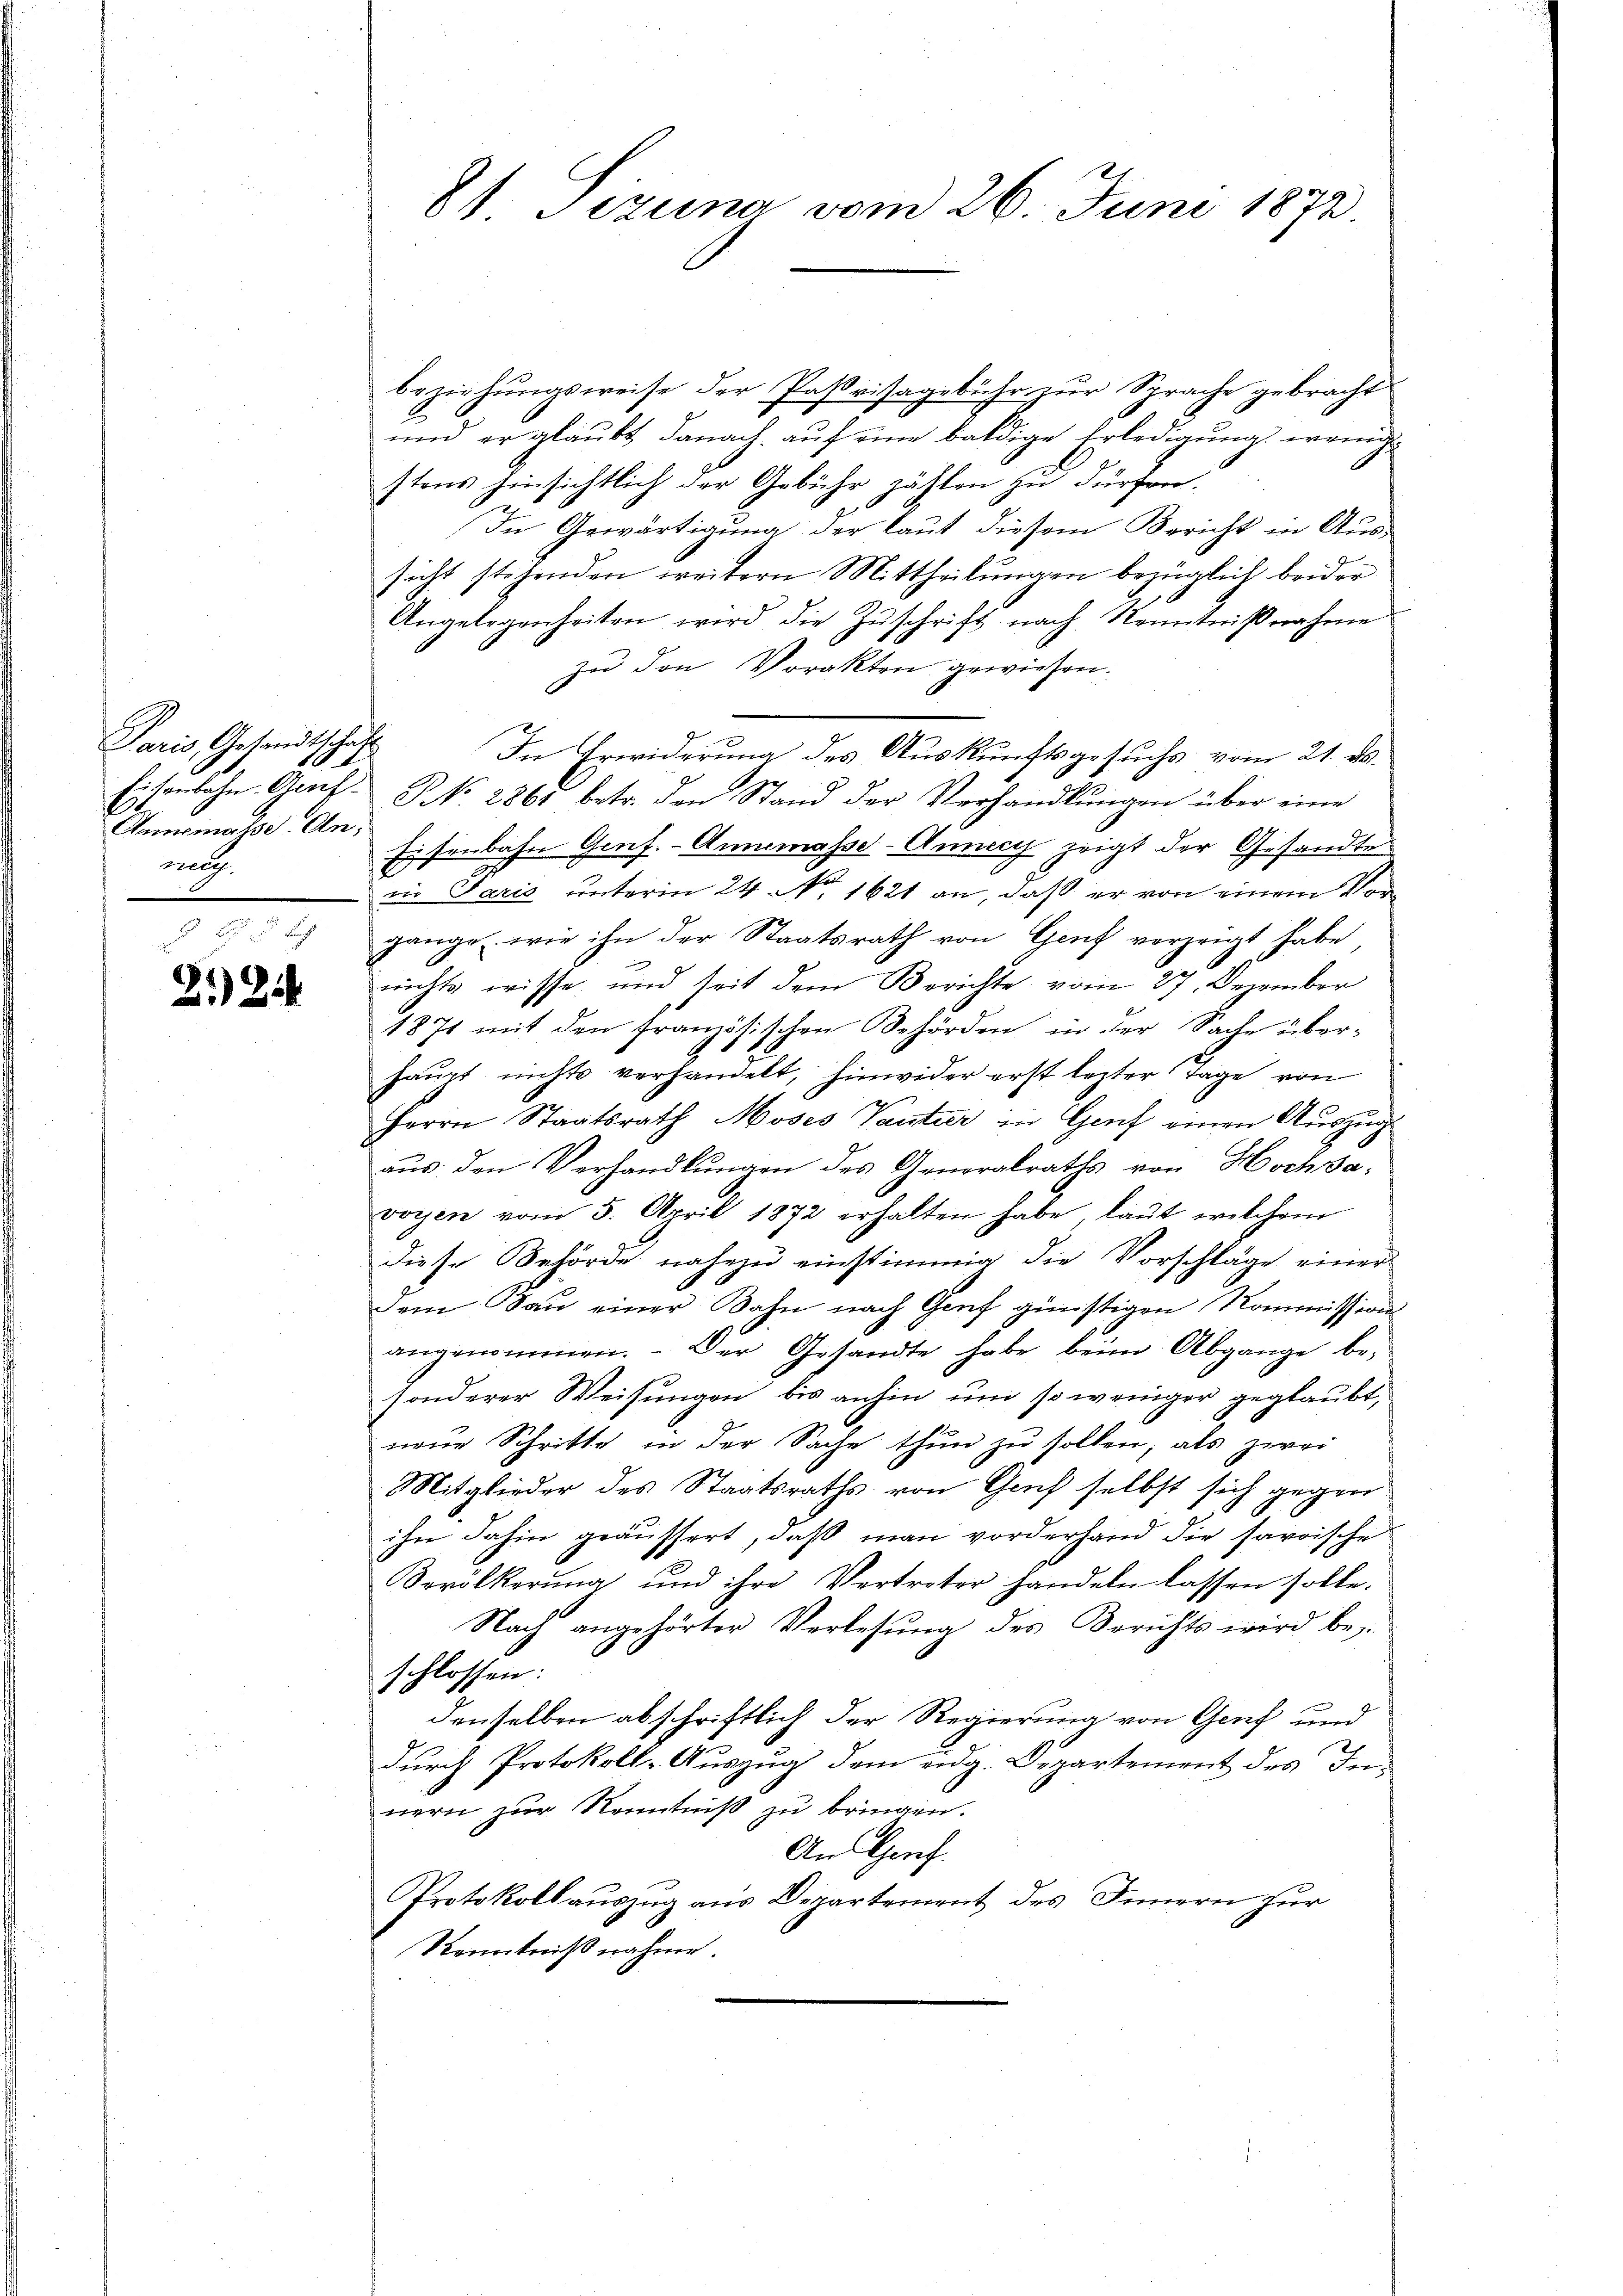
Paris, Gesandtschaft
Anmasse Anmch

224

beziehungsweise der Paßvisagebühr zur Sprache gebracht
und er glaubt danach auf eine baldige Erledigung, wenige
stens hinsichtlich der Gebühr zählen zu dürfen.
In Gewärtigung der laut diesem Bericht in Aus-
sicht stehenden weitern Mittheilungen bezüglich beider
Angelegenheiten wird die Zuschrift nach Kenntnißnahme
zu den Vorakten gewiesen.
Eisenbahn- Genf. NNo. 2861 betr. den Stand der Verhandlungen über eine
Eisenbahn Genf. - Annemasse-Annecy zeigt der Gesandte
in Paris unterm 24. No. 1621 an, daß er von einem Vorgänge wie ihn der Staatsrath von Genf verzeigt habe,
nichts wisse, und seit dem Berichte vom 27. Dezember
1871 mit den französischen Behörden in der Sache über-
haupt nichts verhandelt, hinwider erst lezter Tage von
Herrn Staatsrath Moses Tantier in Genf einen Auszug
aus: den Verhandlungen des Generalraths von Hochsa-
voyen vom 5. April 1872 erhalten habe, laut welchem
diese Behörde nahezu einstimmig die Vorschläge einer
Dem Bau einer Bahn nach Genf günstigen Kommissions
angenommen. Der Gesandte habe beim Abgange be-
sonderer Weisungen bis anhin und so weniger geglaubt,
neŭe Schritte in der Sache thun zu sollen, als zwei
Mitglieder des Staatsraths von Genf selbst sich gegen
ihn dahin geäussert, daß man vorderhand die savoische
Bevölkerŭng und ihre Vertreter handeln lassen solle.
Nach angehörter Verlesung des Berichts wird beschlossen:
denselben abschriftlich der Regierung von Genf und
durch Protokoll-Auszug dem eidg. Departement des Innern zur Kenntniß zu bringen.
An Genf.
Protokollauszug aus Departement des Innern zur
Kenntnißnahme.

8) Tizuna vom 26. Juni 1872.

In Erwiderung des Auskunftsgesuchs vom 21. ds.